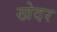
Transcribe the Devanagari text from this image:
खेदर